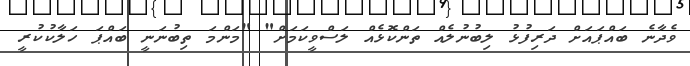
ވެދާނެ ބައްޕައަށް ދަރިފުޅު ލިބުނުލެއް ތަންކޮޅެއް ލަސްވީކަމަށް" "މަންމަ ތިބުނަނީ ބައްޕަ ހަލާކުކުރީ